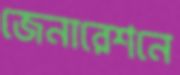
জেনারেশনে